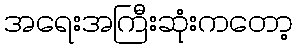
အရေးအကြီးဆုံးကတော့